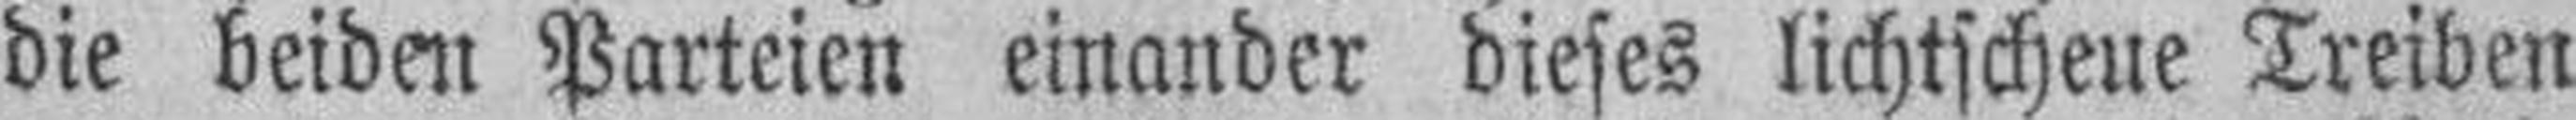
die beiden Parteien einander dieses lichtscheue Treiben